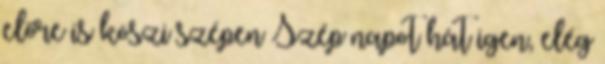
előre is köszi szépen Szép napot hát igen, elég